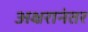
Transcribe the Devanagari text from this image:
अक्षरानंतर